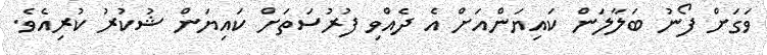
ވަގަށް ފޯނު ބަލާލަން ކައިޔަންއަށް އެ ދެއްވި ފުރުސަތަށް ކައިޔަން ޝުކުރު ކުރިއެވެ.